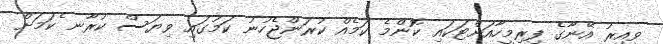
ވީއިރު އޭނާގެ ފިރިމީހާއަށްޓަކައި ކޮންމެ ކަމެއް ކުރަންޖެހުނު ކަމުގައި ވިޔަސް ކުރާނ ެކަމަށް